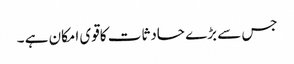
جس سے بڑے حادثات کاقوی امکان ہے ۔